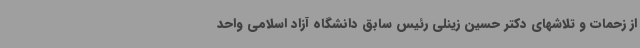
از زحمات و تلاشهای دکتر حسین زینلی رئیس سابق دانشگاه آزاد اسلامی واحد